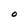
Character: O